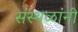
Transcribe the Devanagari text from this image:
संस्थळांनी